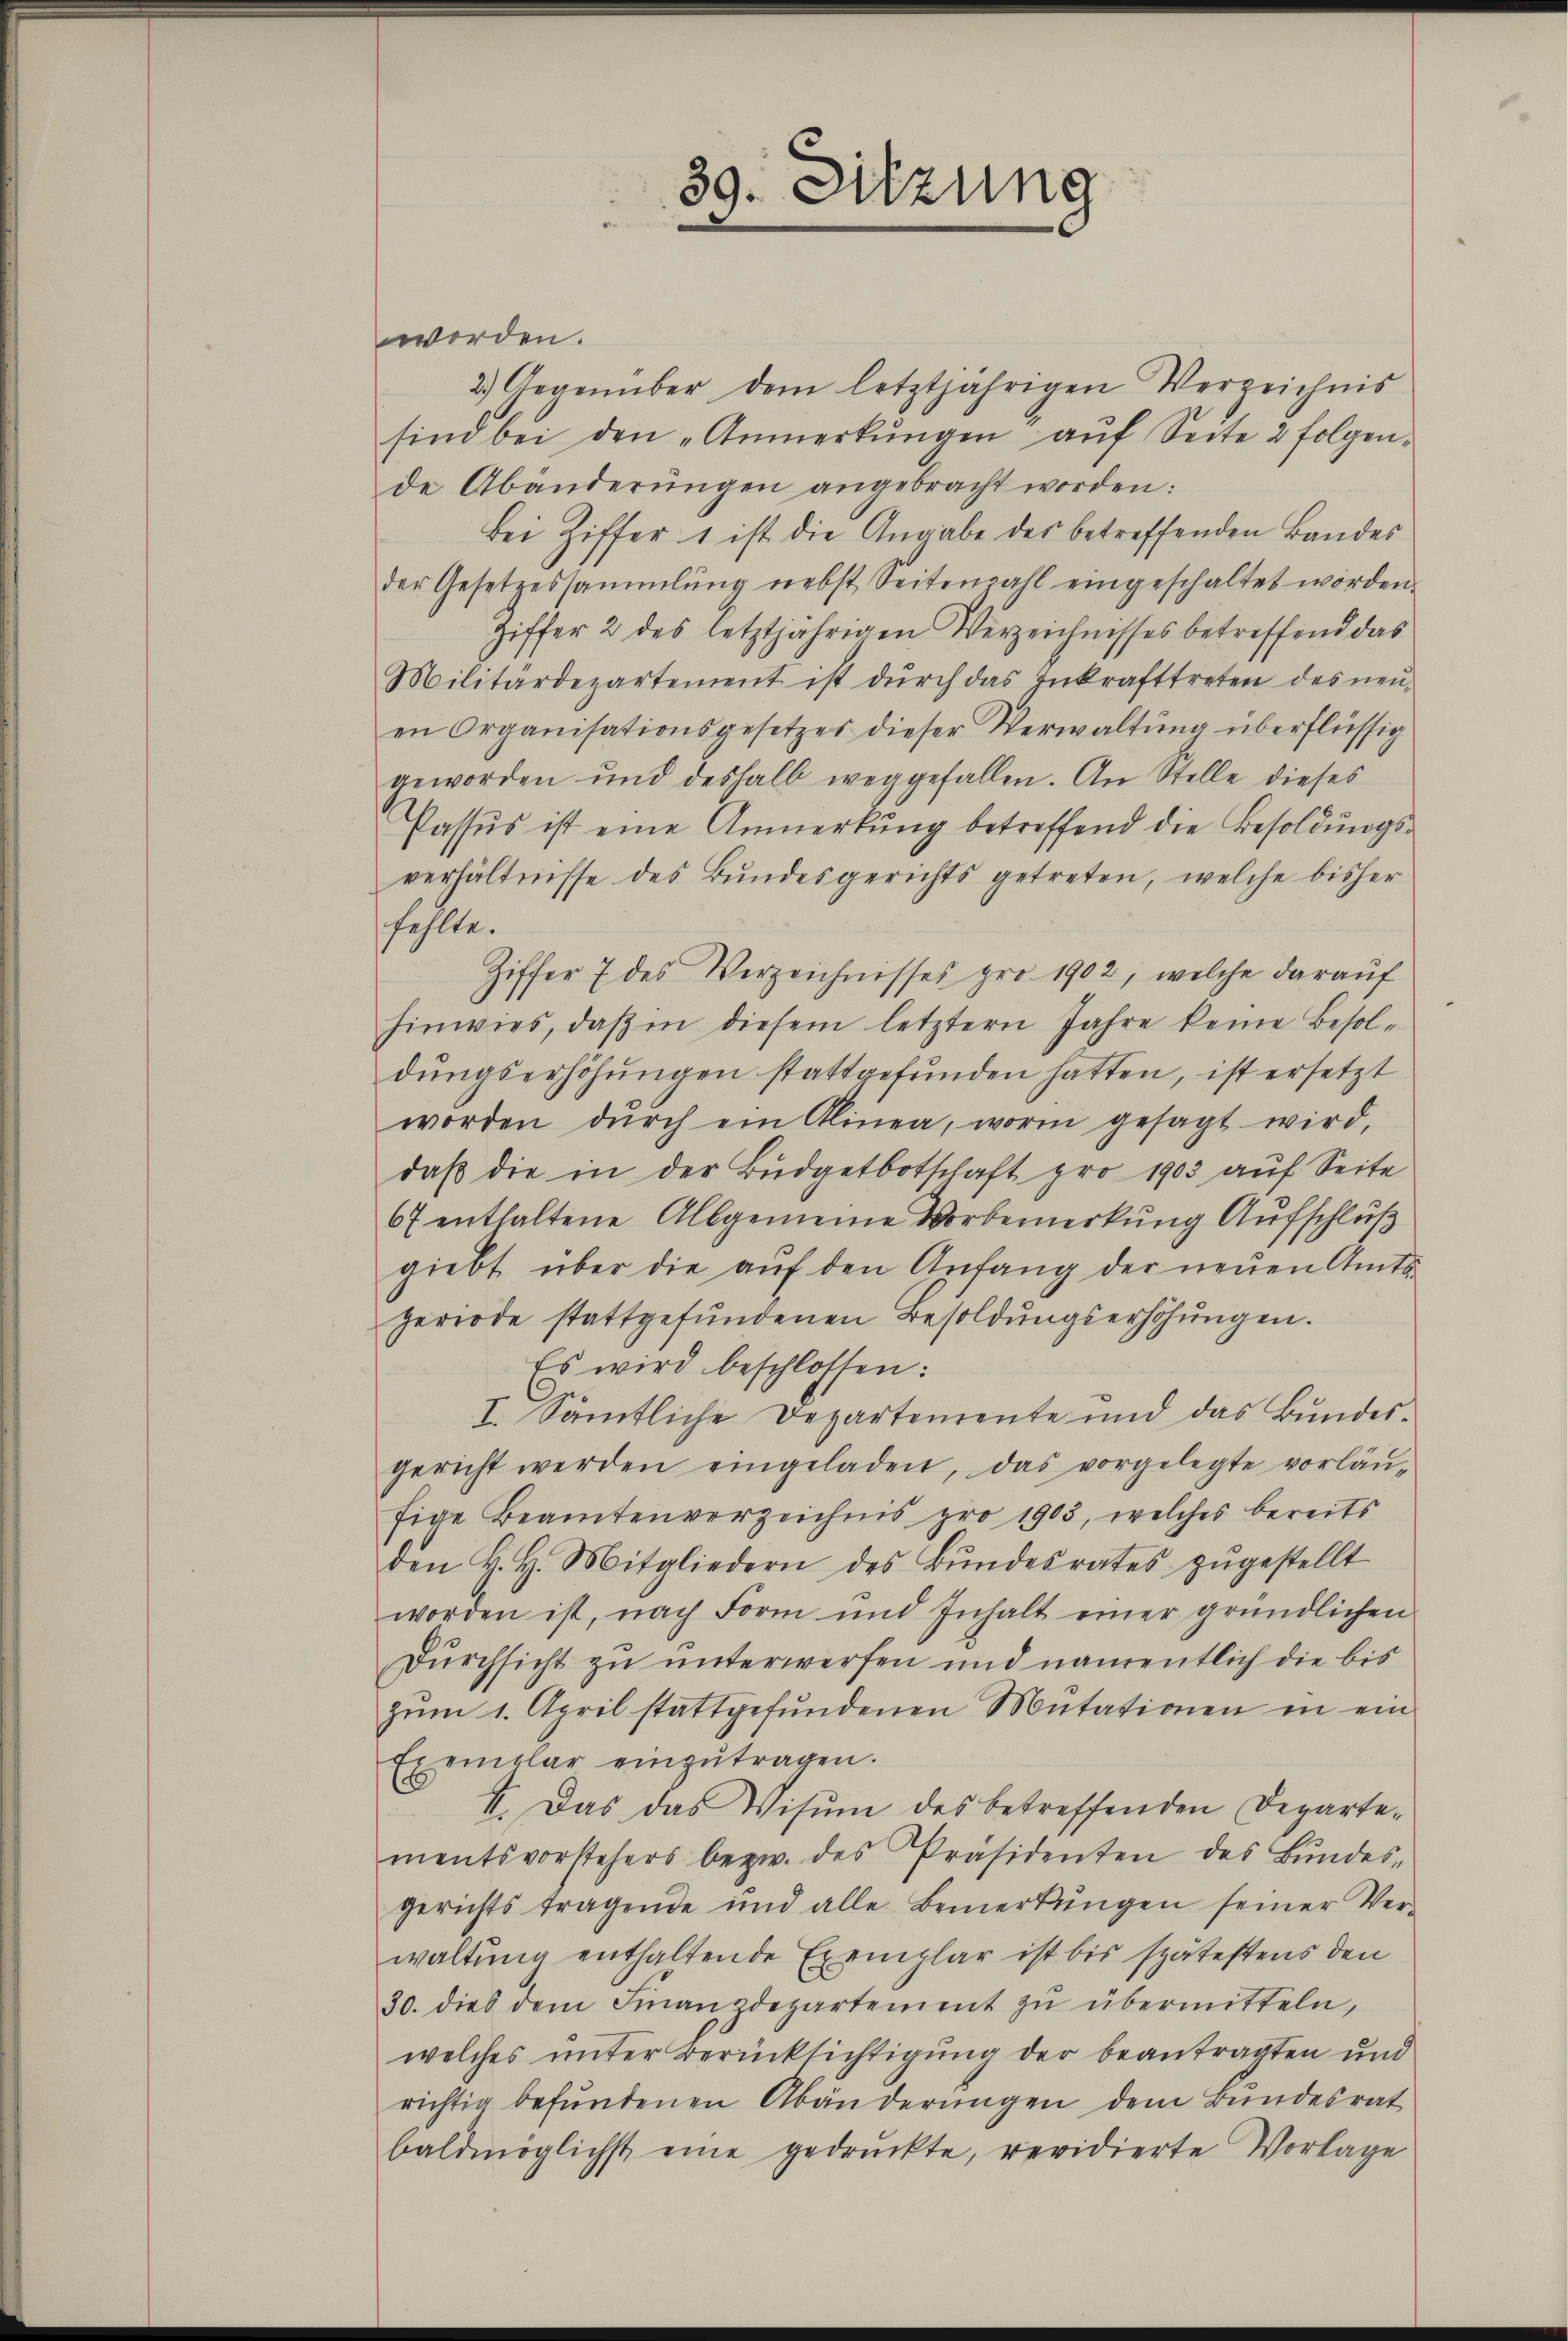
39. Sitzung

werden.
2.) Gegenüber dem letztjährigen Verzeichnis
sind bei den „Anmerkŭngen aŭf Seite 2 folgende Abänderŭngen angebracht worden:
Bei Ziffer 1 ist die Angabe des betreffenden Bandes
der Gesetzessammlung nebst Seitenzahl eingeschaltet worden.
giffer 2 des letztjährigen Verzeichnisses betreffend das
Militärdepartement ist dŭrch das Inkrafttreten des neŭ-
en Organisationsgesetzes dieser Verwaltŭng überflüssig
geworden und deshalb weggefallen. An Stelle dieses
Passus ist eine Anmerkŭng betreffend die Besoldŭngs-
verhältnisse des Bundesgerichts getreten, welche bisher
fehlte.
Ziffer 7 des Verzeichnisses pro 1902, welche darauf
hinwies, daβ in diesem letztern Jahre keine Besol-
dŭngserhöhŭngen stattgefŭnden hatten, ist ersetzt
worden dŭrch ein Alinea, worin gesagt wird,
daβ die in der Budgetbotschaft pro 1903 auf Seite
67 enthaltene Allgemeine Vorbemerkung Aufschluß
giebt über die aŭf den Anfang der neuen Amts-
periode stattgefŭndenen Besoldŭngserhöhŭngen.
Es wird beschlossen:
¬
I. Sämtliche Departemente und das Bundesgericht werden eingeladen, das vorgelegte vorläŭ-
fige Beamtenverzeichnis pro 1903, welches bereits
den H. H. Mitgliedern des Bŭndesrates zŭgestellt
worden ist, nach Form und Inhalt einer gründlichen
Dŭrchsicht zu unterwerfen und namentlich die bis
zŭm 1. April stattgefŭndenen Mutationen in ein
Exemplar einzŭtragen.
4. Das das Visŭm des betreffenden Departe-
mentsvorstehers bezw. des Präsidenten des Bŭndes-
gerichts tragende und alle Bemerkŭngen seiner Ver-
waltung enthaltende Exemplar ist bis spätestens den
30. dies dem Finanzdepartement zŭ übermitteln,
welches unter Berücksichtigung der beantragten und
richtig befŭndenen Abänderŭngen dem Bŭndesrat
baldmöglichst eine gedruckte, revidierte Vorlage